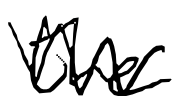
Text: the
Cross-out: zig-zag
Writing tool: digital_black